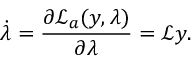
\dot { \lambda } = \frac { \partial \mathcal { L } _ { a } ( y , \lambda ) } { \partial \lambda } = \mathcal { L } y .